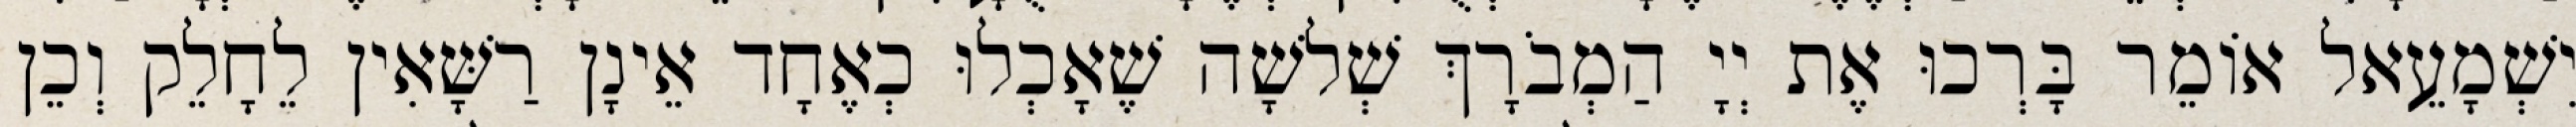
יִשְׁמָעֵאל אוֹמֵר בָּרְכוּ אֶת יְיָ הַמְבֹרָךְ שְׁלשָׁה שֶׁאָכְלוּ כְאֶחָד אֵינָן רַשָּׁאִין לֵחָלֵק וְכֵן